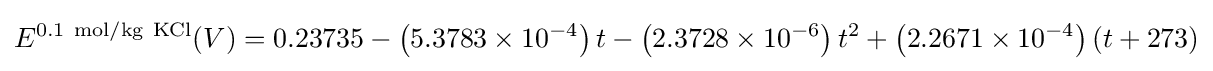
E^{0.1\ {\ce {mol/kg\ KCl}}}(V)=0.23735-\left(5.3783\times 10^{-4}\right)t-\left(2.3728\times 10^{-6}\right)t^{2}+\left(2.2671\times 10^{-4}\right)(t+273)